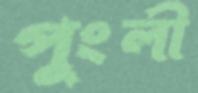
পুংলী